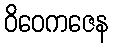
ဝိဝေကဇေန